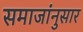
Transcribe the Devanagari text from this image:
समाजांनुसार